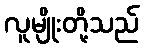
လူမျိုးတို့သည်